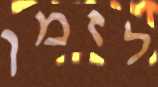
לזמן